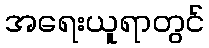
အရေးယူရာတွင်